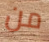
من